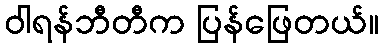
ဝါရန်ဘီတီက ပြန်ဖြေတယ်။